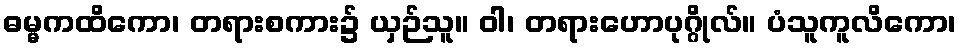
ဓမ္မကထိကော၊ တရားစကား၌ ယှဉ်သူ။ ဝါ၊ တရားဟောပုဂ္ဂိုလ်။ ပံသူကူလိကော၊